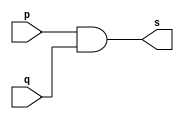
//--------------------
// Exercicio 9
// Nome: Bernardo Augusto Godinho de Oliveira
//--------------------
module gatedois ( output s, 
                           input  p, 
                           input  q);
assign s = p & q;
endmodule // gate

module gate ( output s, 
                           input  p, 
                           input  q,
									input  r);
					wire x, z;				
gatedois AND1 (x, p, q);
		gatedois AND2 (z, x, r);							
assign s =  z;
endmodule // gate

module testgate;

   reg   a, b, c; // definir registradores
wire  s;    // definir conexao (fio)

   gate AND1 (s, a, b, c);

   initial begin:start
                   // atribuicao simultanea
// dos valores iniciais
      a=0; b=0;
   end
	   initial begin

         $display("\na & b = s\n");
           a=0; b=0; c=0;
  #1   $display("(%b & %b) & %b = %b", a, b, c, s);
           a=0; b=0; c=1;
  #1   $display("(%b & %b) & %b = %b", a, b, c, s);
           a=0; b=1; c=0;
  #1   $display("(%b & %b) & %b = %b", a, b, c, s);
           a=0; b=1; c=1;
  #1   $display("(%b & %b) & %b = %b", a, b, c, s);
           a=1; b=0; c=0;
  #1   $display("(%b & %b) & %b = %b", a, b, c, s);
           a=1; b=0; c=1;
  #1   $display("(%b & %b) & %b = %b", a, b, c, s);
           a=1; b=1; c=0;
  #1   $display("(%b & %b) & %b = %b", a, b, c, s);
           a=1; b=1; c=1;
  #1   $display("(%b & %b) & %b = %b", a, b, c, s);

  end
endmodule // testgate